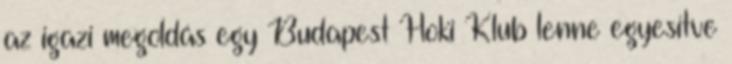
az igazi megoldás egy Budapest Hoki Klub lenne egyesítve